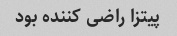
پیتزا راضی کننده بود